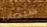
سيصاب